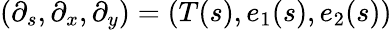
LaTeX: (\partial_{s},\partial_{x},\partial_{y})=(T(s),e_{1}(s),e_{2}(s))